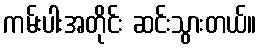
ကမ်းပါးအတိုင်း ဆင်းသွားတယ်။